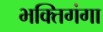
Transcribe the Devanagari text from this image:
भक्तिगंगा